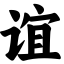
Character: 谊